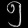
Digit: ၅